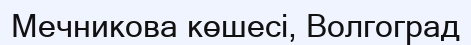
Мечникова көшесі, Волгоград